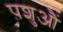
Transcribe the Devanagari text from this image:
पशुऔं